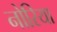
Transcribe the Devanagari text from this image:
नोरिया